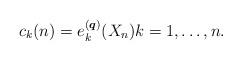
LaTeX: \begin{gather*}c_k(n)= e_{k}^{({\boldsymbol{q}})}(X_n) k= 1,\ldots,n.\end{gather*}